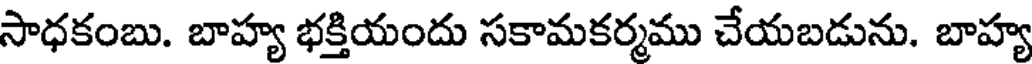
సాధకంబు. బాహ్య భక్తియందు సకామకర్మము చేయబడును. బాహ్య